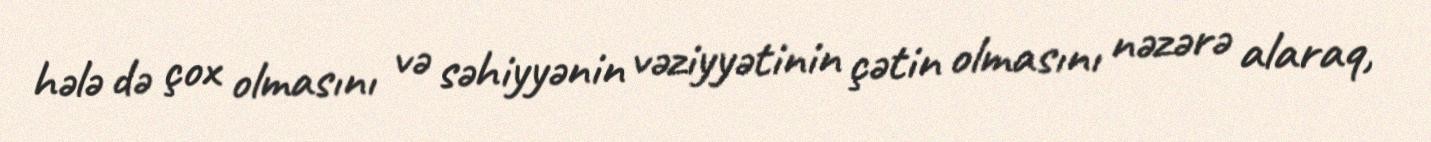
hələ də çox olmasını və səhiyyənin vəziyyətinin çətin olmasını nəzərə alaraq,